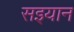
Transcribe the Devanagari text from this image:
सइयान